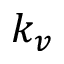
k _ { v }